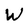
Character: W